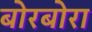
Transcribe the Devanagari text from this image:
बोरबोरा